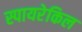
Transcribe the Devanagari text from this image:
स्पायरेकिल